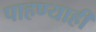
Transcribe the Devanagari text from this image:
पाहण्याही